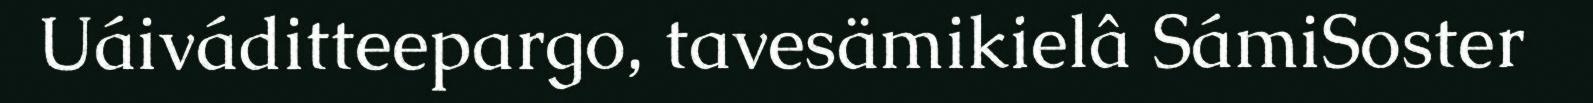
Uáiváditteepargo, tavesämikielâ SámiSoster